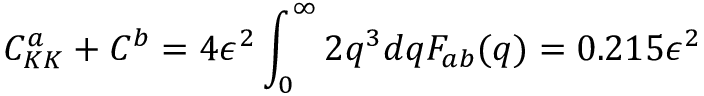
C _ { K K } ^ { a } + C ^ { b } = 4 \epsilon ^ { 2 } \displaystyle \int _ { 0 } ^ { \infty } 2 q ^ { 3 } d q F _ { a b } ( q ) = 0 . 2 1 5 \epsilon ^ { 2 }